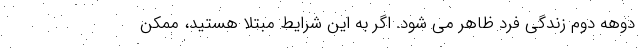
دوهه دوم زندگی فرد ظاهر می شود. اگر به این شرایط مبتلا هستید، ممکن